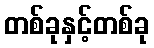
တစ်ခုနှင့်တစ်ခု